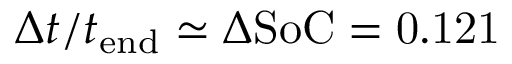
\Delta t / t _ { \mathrm { e n d } } \simeq \Delta \mathrm { S o C = 0 . 1 2 1 }